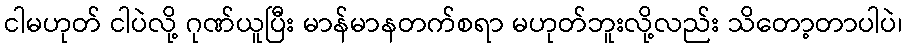
ငါမဟုတ် ငါပဲလို့ ဂုဏ်ယူပြီး မာန်မာနတက်စရာ မဟုတ်ဘူးလို့လည်း သိတော့တာပါပဲ၊